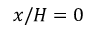
x / H = 0